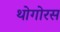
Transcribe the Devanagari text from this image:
थोगोरस